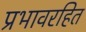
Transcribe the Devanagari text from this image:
प्रभावरहित